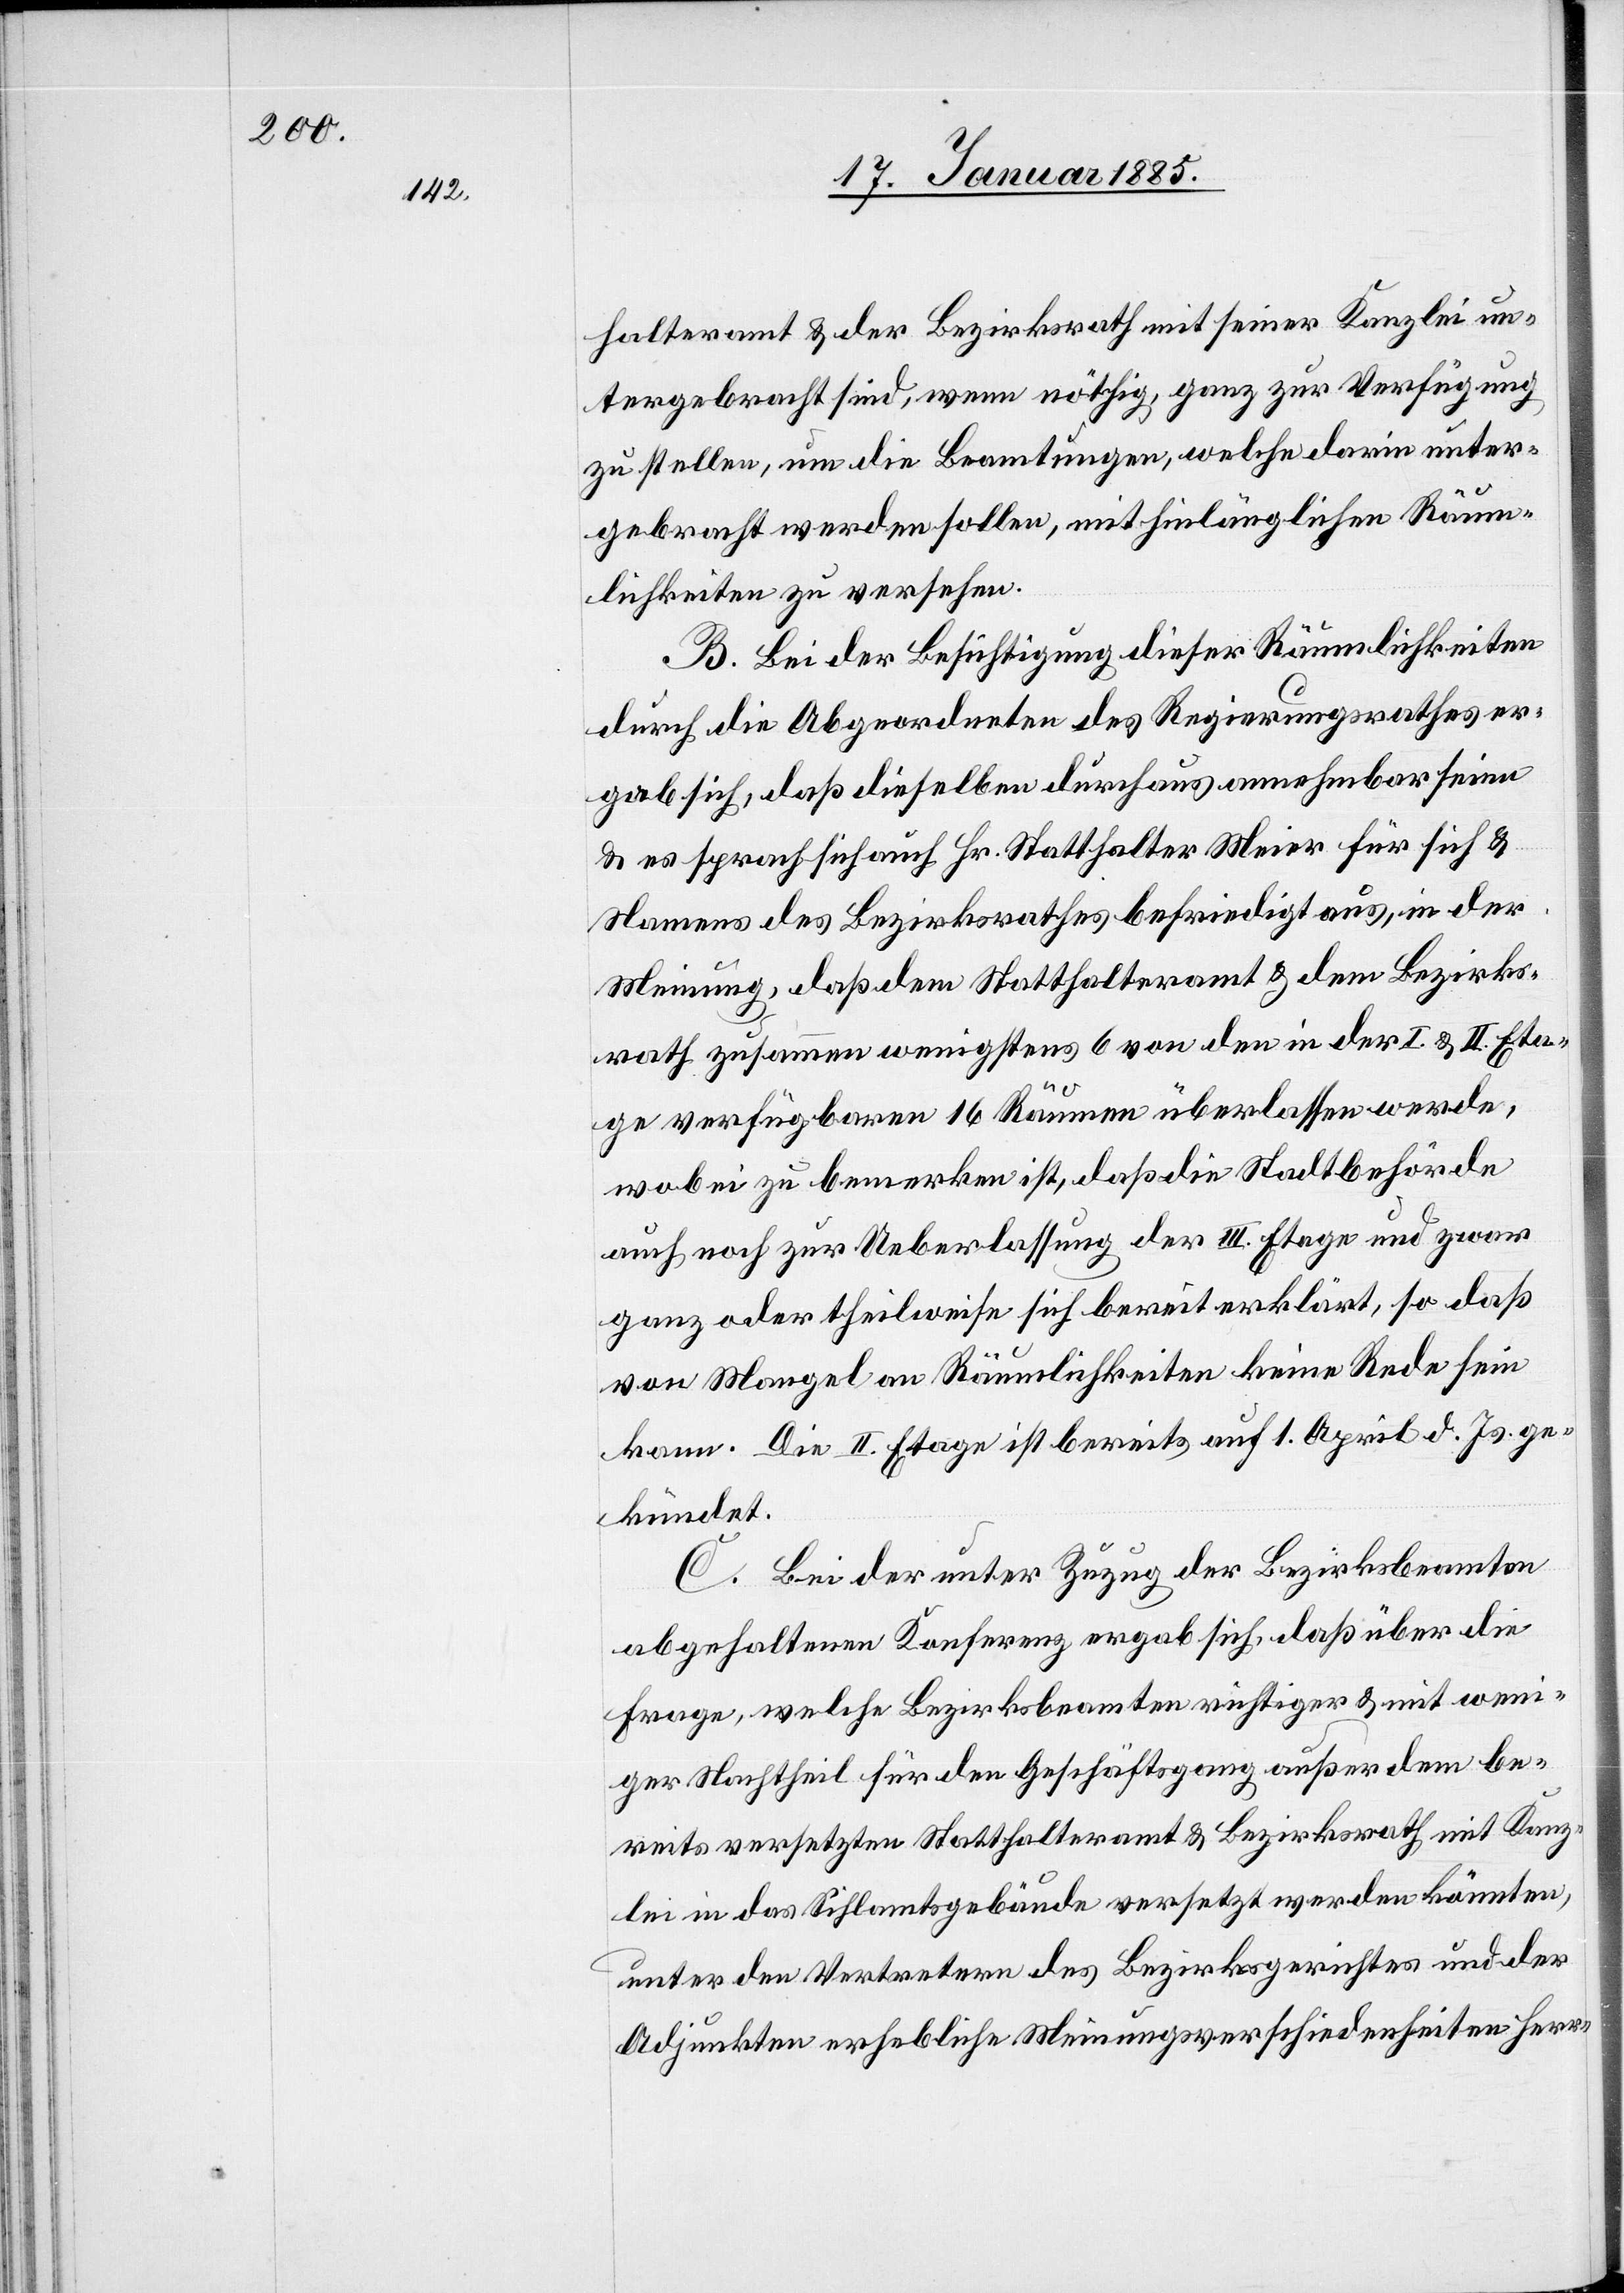
halteramt & der Bezirksrath mit seiner Kanzlei un¬
tergebracht sind, wenn nöthig, ganz zur Verfügung
zu stellen, um die Beamtungen, welche darin unter¬
gebracht werden sollen, mit hinlänglichen Räum¬
lichkeiten zu versehen.
B. Bei der Besichtigung dieser Räumlichkeiten
durch die Abgeordneten des Regierungsrathes er¬
gab sich, daß dieselben durchaus annehmbar seien
& es sprach sich auch Hr. Satthalter Meier für sich &
Namens des Bezirksrathes befriedigt aus, in der
Meinung, daß dem Statthalteramt & dem Bezirks¬
rath zusammen wenigstens 6 von den in der I. & II. Eta¬
ge verfügbaren 16 Räumen überlassen werde,
wobei zu bemerken ist, daß die Stadtbehörde
auch noch zur Ueberlassung der III. Etage und zwar
ganz oder theilweise sich bereit erklärt, so daß
von Mangel an Räumlichkeiten keine Rede sein
kann. Die II. Etage ist bereits auf 1. April d. Js. ge¬
kündet.
C. Bei der unter Zuzug der Bezirksbeamten
abgehaltenen Konferenz ergab sich, daß über die
Frage, welche Bezirksbeamten richtiger & mit weni¬
ger Nachtheil für den Geschäftsgang außerdem be¬
reits versetzten Statthalteramt & Bezirksrath mit Kanz¬
lei in das Sihlamtsgebäude versetzt werden könnten,
unter den Vertretern des Bezirksgerichtes und der
Adjunkten erhebliche Meinungsverschiedenheiten herr-